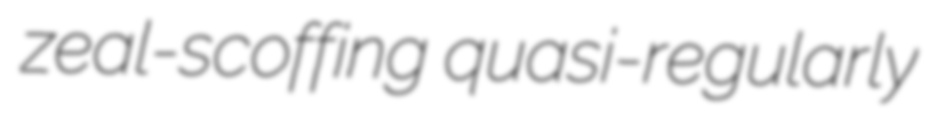
zeal-scoffing quasi-regularly